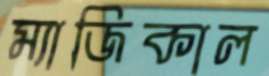
ম্যাজিকাল